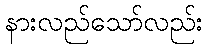
နားလည်သော်လည်း